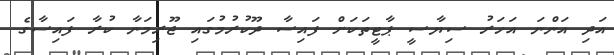
އަދި އަންނަ އަހަރު ސިޔާސީ ޕާޓީތަކަށް ފައިސާ ދޫކުރުމުގައި ޖޫރިމަނާ ކުރާ ފައިސާގެ